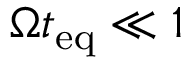
\Omega t _ { \mathrm { e q } } \ll 1